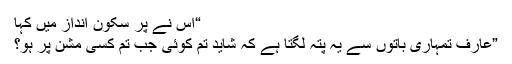
“اس نے پر سکون انداز میں کہا
”عارف تمہاری باتوں سے یہ پتہ لگتا ہے کہ شاید تم کوئی جب تم کسی مشن پر ہو؟